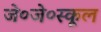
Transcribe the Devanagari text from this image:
जे०जे०स्कूल